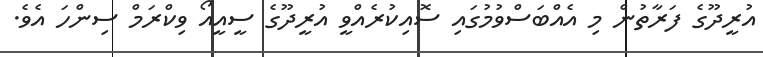
އުރީދޫގެ ފަރާތުން މި އެއްބަސްވުމުގައި ސޮއިކުރެއްވީ އުރީދޫގެ ސީއީއޯ ވިކްރަމް ސިންހަ އެވެ.